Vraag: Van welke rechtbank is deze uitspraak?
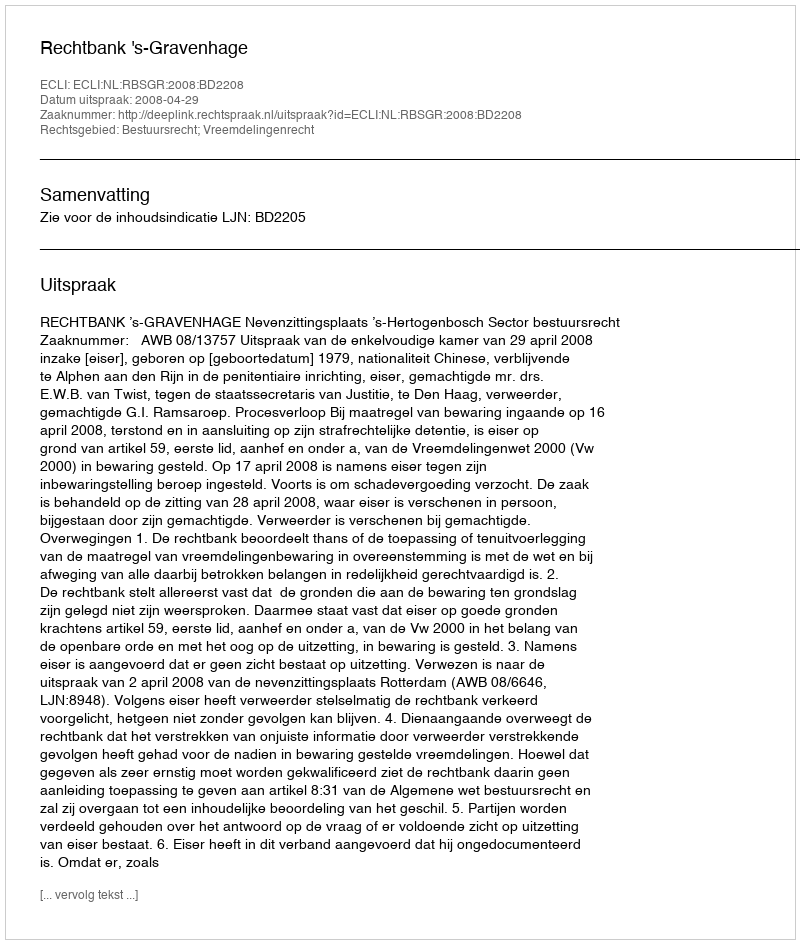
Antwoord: Rechtbank 's-Gravenhage